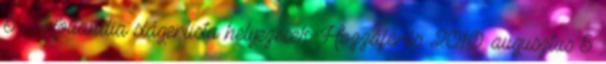
5. ↑ Hollandia slágerlista helyezések. Hozzáférés: 2010. augusztus 5.